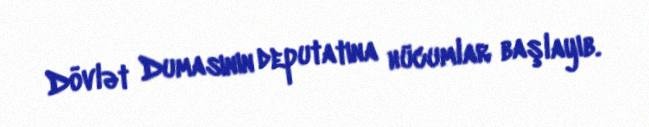
Dövlət Dumasının deputatına hücumlar başlayıb.